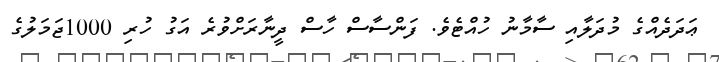
ޢަދަދެއްގެ މުދަލާއި ސާމާނު ހުއްޓެވެ. ފަންސާސް ހާސް ދީނާރަށްވުރެ އަގު ހުރި 1000ޖަމަލުގެ